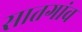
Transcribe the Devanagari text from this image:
सातगांव